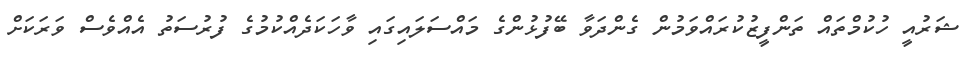
ޝަރުއީ ހުކުމްތައް ތަންފީޒުކުރައްވަމުން ގެންދަވާ ބޭފުޅުންގެ މައްސަލައިގައި ވާހަކަދެއްކުމުގެ ފުރުސަތު އެއްވެސް ވަރަކަށް